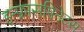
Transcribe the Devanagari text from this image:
इन्फ्रासपिनेटस